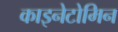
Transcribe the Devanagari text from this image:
काइनेटोमिन